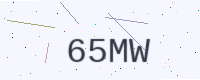
Text: 65MW